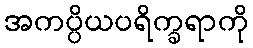
အကပ္ပိယပရိက္ခရာကို